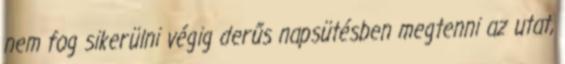
nem fog sikerülni végig derűs napsütésben megtenni az utat,